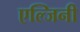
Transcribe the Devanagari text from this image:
एल्जिनी